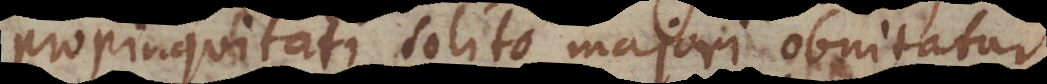
propinquitati solito majori obnitatur.